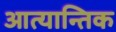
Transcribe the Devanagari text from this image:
आत्यान्तिक